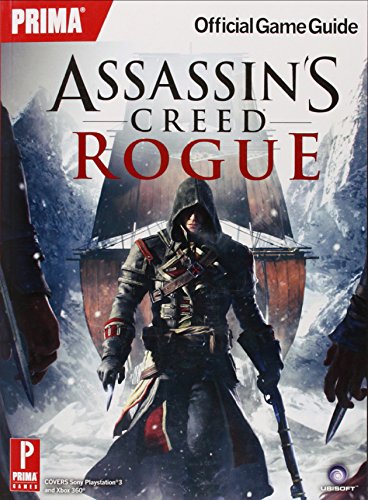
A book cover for Assassin's Creed Rogue: Prima Official Game Guide (Prima Official Game Guides); Prima Games; Humor & Entertainment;